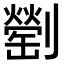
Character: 𠠜